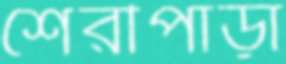
শেরীপাড়া